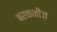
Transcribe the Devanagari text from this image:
बरकनीज़